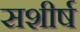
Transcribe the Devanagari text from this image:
सशीर्ष